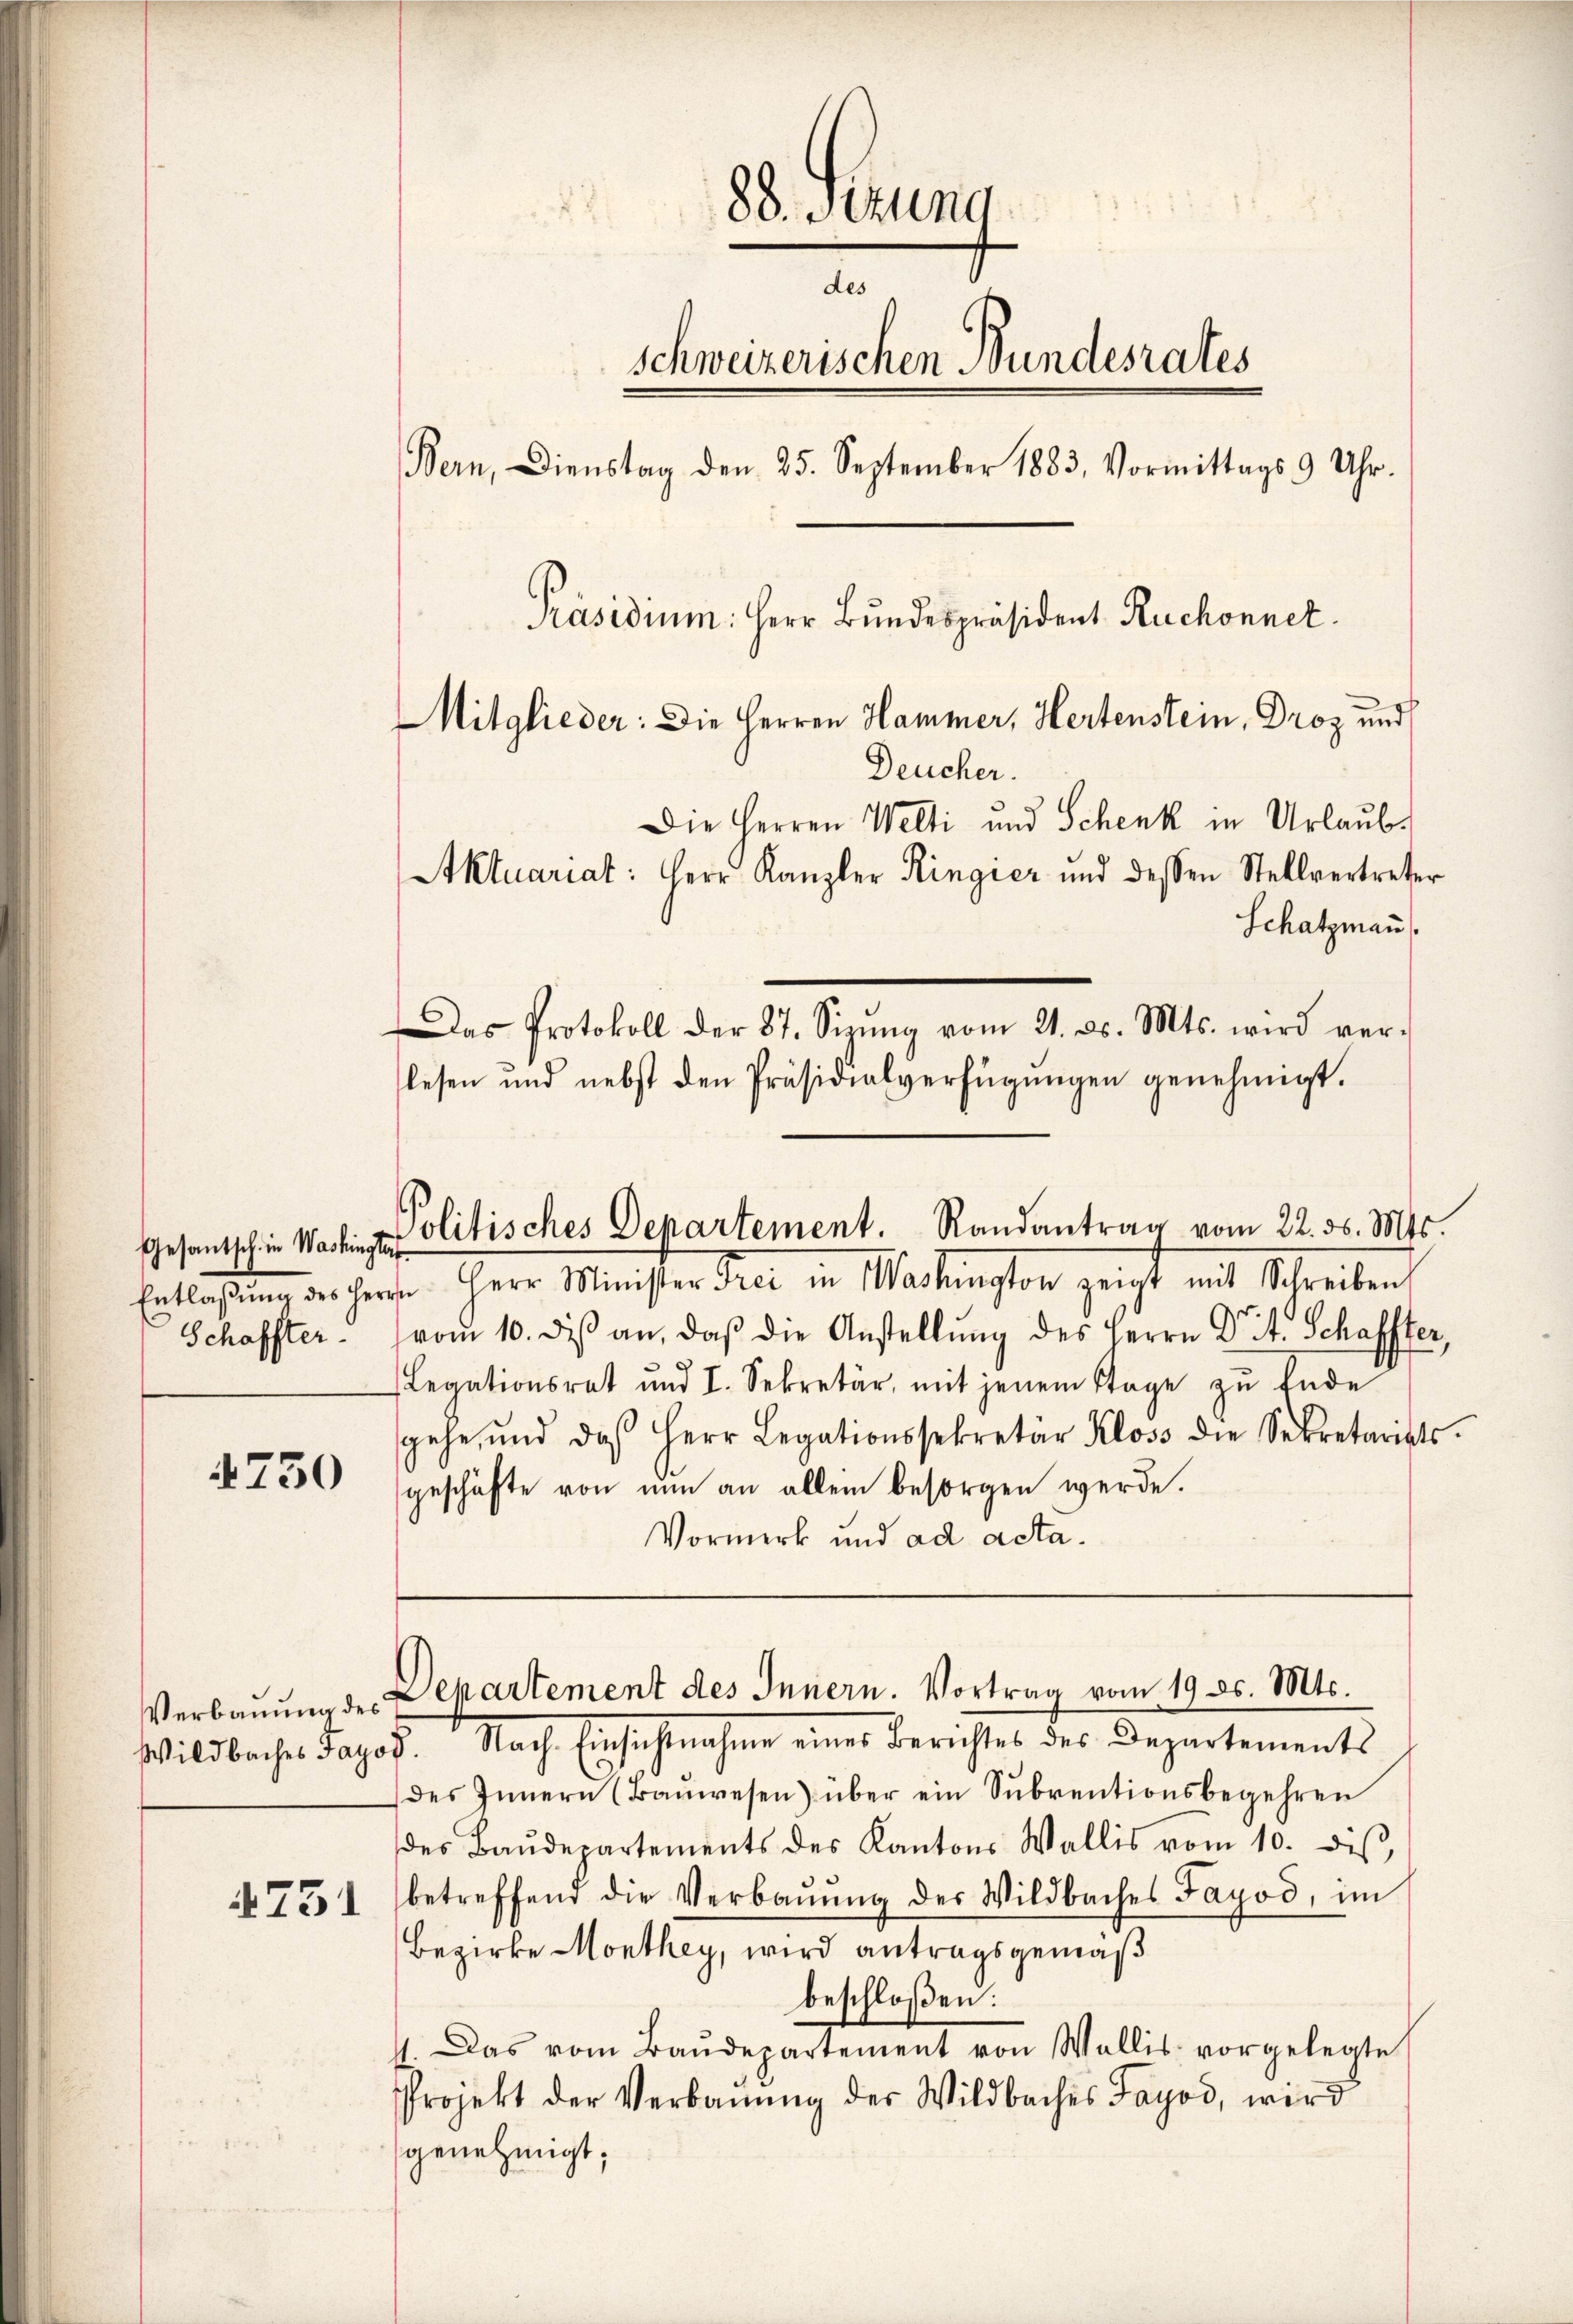
Gesantsch in Washingte
Entlassung der Herr
Schaffter.

750

4751

88. Sitzung
des
schweizerischen Bundesrates
Bern, Dienstag den 25. September 1883, Vormittags 9 Uhr.
Präsidium. Herr Bundespräsident Ruchonnet.
Mitglieder: Die Herren Hammer, Hertenstein, Droz und
Deucher.
Die Herren Welti und Schenk in Urlaub¬
Aktuariat: Herr Kanzler Ringier und dessen Stellvertreter
Schatzmann

Politisches Departement. Randantrag vom 22. d. Mts.

Verbauung der Departement des Innern. Vortrag vom 19. ds. Mts.

Das Protokoll der 37. Sizŭng vom 21. ds. Mts. wird ver-
lesen und nebst den Präsidialverfügŭngen genehmigt.

s Herr Minister drei in Martemester geist mit Schreiben
vom 10. diβ an, daβ die Anstellŭng des Herrn Dr. t. Schaffter,
Legationsrat und I. Sekretär, mit jenem Tage zŭ Ende
gehe, und daβ Herr Legationssekretär Kloss die Sekretariats-
geschäfte von nun an allem besorgen werde.
Vormerk und ad acta¬

Wildbaches Jagos. Nach Einsichtnahme eines Berichtes des Departements
des Innern (Baŭwesen) über ein Sŭbventionsbegehren
des Baŭdepartements des Kantons Wallis vom 10. dies,
betreffend die Verbaŭŭng der Wildbaches Fayod, im
Bezirke Monthey, wird antragsgemäß
beschloßen:
4. Das vom Baŭdepartement von Wallis vorgelegte
Projekt der Verbaŭŭng der Wildbaches Sayod, wird
genehmigt;